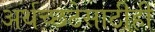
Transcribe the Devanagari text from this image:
अर्थच्छटेसाठीही